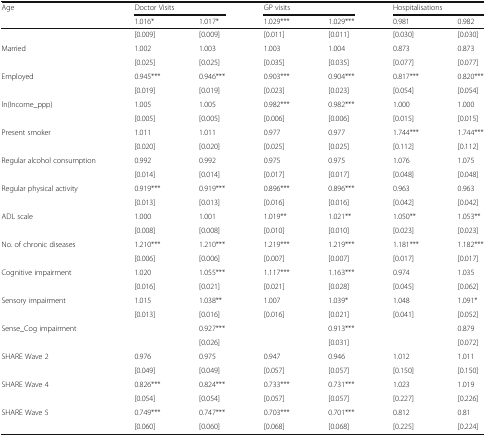
<table><thead><tr><td rowspan="2"><b>Age</b></td><td colspan="2"><b>Doctor Visits</b></td><td colspan="2"><b>GP visits</b></td><td colspan="2"><b>Hospitalisations</b></td></tr><tr><td><b>1.016*</b></td><td><b>1.017*</b></td><td><b>1.029***</b></td><td><b>1.029***</b></td><td><b>0.981</b></td><td><b>0.982</b></td></tr></thead><tbody><tr><td></td><td>[0.009]</td><td>[0.009]</td><td>[0.011]</td><td>[0.011]</td><td>[0.030]</td><td>[0.030]</td></tr><tr><td>Married</td><td>1.002</td><td>1.003</td><td>1.003</td><td>1.004</td><td>0.873</td><td>0.873</td></tr><tr><td></td><td>[0.025]</td><td>[0.025]</td><td>[0.035]</td><td>[0.035]</td><td>[0.077]</td><td>[0.077]</td></tr><tr><td>Employed</td><td>0.945***</td><td>0.946***</td><td>0.903***</td><td>0.904***</td><td>0.817***</td><td>0.820***</td></tr><tr><td></td><td>[0.019]</td><td>[0.019]</td><td>[0.023]</td><td>[0.023]</td><td>[0.054]</td><td>[0.054]</td></tr><tr><td>ln(Income_ppp)</td><td>1.005</td><td>1.005</td><td>0.982***</td><td>0.982***</td><td>1.000</td><td>1.000</td></tr><tr><td></td><td>[0.005]</td><td>[0.005]</td><td>[0.006]</td><td>[0.006]</td><td>[0.015]</td><td>[0.015]</td></tr><tr><td>Present smoker</td><td>1.011</td><td>1.011</td><td>0.977</td><td>0.977</td><td>1.744***</td><td>1.744***</td></tr><tr><td></td><td>[0.020]</td><td>[0.020]</td><td>[0.025]</td><td>[0.025]</td><td>[0.112]</td><td>[0.112]</td></tr><tr><td>Regular alcohol consumption</td><td>0.992</td><td>0.992</td><td>0.975</td><td>0.975</td><td>1.076</td><td>1.075</td></tr><tr><td></td><td>[0.014]</td><td>[0.014]</td><td>[0.017]</td><td>[0.017]</td><td>[0.048]</td><td>[0.048]</td></tr><tr><td>Regular physical activity</td><td>0.919***</td><td>0.919***</td><td>0.896***</td><td>0.896***</td><td>0.963</td><td>0.963</td></tr><tr><td></td><td>[0.013]</td><td>[0.013]</td><td>[0.016]</td><td>[0.016]</td><td>[0.042]</td><td>[0.042]</td></tr><tr><td>ADL scale</td><td>1.000</td><td>1.001</td><td>1.019**</td><td>1.021**</td><td>1.050**</td><td>1.053**</td></tr><tr><td></td><td>[0.008]</td><td>[0.008]</td><td>[0.010]</td><td>[0.010]</td><td>[0.023]</td><td>[0.023]</td></tr><tr><td>No. of chronic diseases</td><td>1.210***</td><td>1.210***</td><td>1.219***</td><td>1.219***</td><td>1.181***</td><td>1.182***</td></tr><tr><td></td><td>[0.006]</td><td>[0.006]</td><td>[0.007]</td><td>[0.007]</td><td>[0.017]</td><td>[0.017]</td></tr><tr><td>Cognitive impairment</td><td>1.020</td><td>1.055***</td><td>1.117***</td><td>1.163***</td><td>0.974</td><td>1.035</td></tr><tr><td></td><td>[0.016]</td><td>[0.021]</td><td>[0.021]</td><td>[0.028]</td><td>[0.045]</td><td>[0.062]</td></tr><tr><td>Sensory impairment</td><td>1.015</td><td>1.038**</td><td>1.007</td><td>1.039*</td><td>1.048</td><td>1.091*</td></tr><tr><td></td><td>[0.013]</td><td>[0.016]</td><td>[0.016]</td><td>[0.021]</td><td>[0.041]</td><td>[0.052]</td></tr><tr><td>Sense_Cog impairment</td><td></td><td>0.927***</td><td></td><td>0.913***</td><td></td><td>0.879</td></tr><tr><td></td><td></td><td>[0.026]</td><td></td><td>[0.031]</td><td></td><td>[0.072]</td></tr><tr><td>SHARE Wave 2</td><td>0.976</td><td>0.975</td><td>0.947</td><td>0.946</td><td>1.012</td><td>1.011</td></tr><tr><td></td><td>[0.049]</td><td>[0.049]</td><td>[0.057]</td><td>[0.057]</td><td>[0.150]</td><td>[0.150]</td></tr><tr><td>SHARE Wave 4</td><td>0.826***</td><td>0.824***</td><td>0.733***</td><td>0.731***</td><td>1.023</td><td>1.019</td></tr><tr><td></td><td>[0.054]</td><td>[0.054]</td><td>[0.057]</td><td>[0.057]</td><td>[0.227]</td><td>[0.226]</td></tr><tr><td>SHARE Wave 5</td><td>0.749***</td><td>0.747***</td><td>0.703***</td><td>0.701***</td><td>0.812</td><td>0.81</td></tr><tr><td></td><td>[0.060]</td><td>[0.060]</td><td>[0.068]</td><td>[0.068]</td><td>[0.225]</td><td>[0.224]</td></tr></tbody></table>